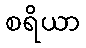
စရိယာ